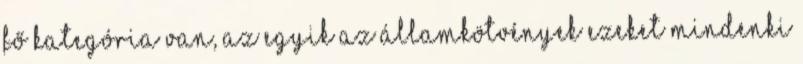
fő kategória van, az egyik az államkötvények ezeket mindenki